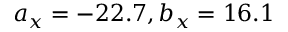
a _ { x } = - 2 2 . 7 , b _ { x } = 1 6 . 1